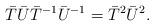
LaTeX: \begin{align*}\bar{T}\bar{U}\bar{T}^{-1}\bar{U}^{-1} = \bar{T}^2\bar{U}^2.\end{align*}